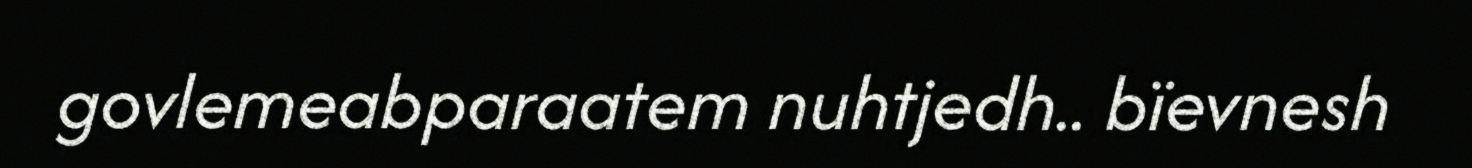
govlemeabparaatem nuhtjedh.. bïevnesh